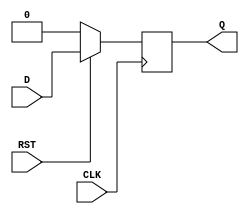
module DFFSR (
    CLK, RST, D, Q
); // SR: Synchronous Reset
    input CLK; // Clock input
    input RST; // Reset input
    input D; // Data input
    output Q; // Data output
    reg Q; // shows that Q is a reg(register) type

    always @(posedge CLK) begin // posedge: positive edge
        if(!RST) begin // when rst is 0, !rst is 1, so q should be 0
            Q <= 0;
        end
        else begin // when rst is not active && clk is active, q should be d
            Q <= D;
        end
    end
endmodule